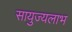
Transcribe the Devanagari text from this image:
सायुज्यलाभ